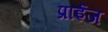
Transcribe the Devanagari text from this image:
प्राईज